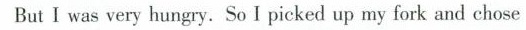
But I was very hungry、So I picked up my fork and chose